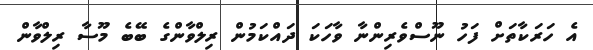
އެ ހަރަކާތަށް ފަހު ނޫސްވެރިންނާ ވާހަކަ ދައްކަމުން ރިލްވާންގެ ބޭބެ މޫސާ ރިލްވާން